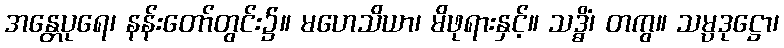
အန္တေပုရေ၊ နန်းတော်တွင်း၌။ မဟေသိယာ၊ မိဖုရားနှင့်။ သဒ္ဓိံ၊ တကွ။ သမ္ပဒုဋ္ဌော၊